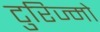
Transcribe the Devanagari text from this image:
टुरिज्मो